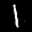
Label: 1